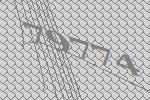
79774